Annual report on the health of the army in India
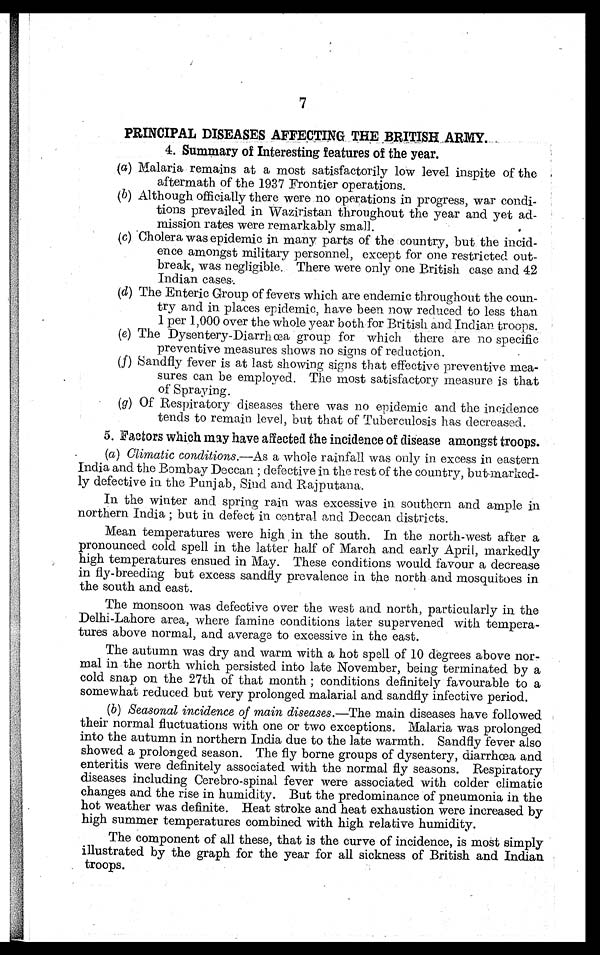
7
PRINCIPAL DISEASES AFFECTING THE ,BRITISH ARMY.
4. Summary of Interesting features of the year.
(a) Malaria remains at a most satisfactorily low level inspite of the
aftermath of the 1937 Frontier operations.
(b) Although officially there were no operations in progress, war condi-
tions prevailed in Waziristan throughout the year and yet ad-
mission rates were remarkably small.
(c) Cholera was epidemic in many parts of the country, but the incid-
ence amongst military personnel, except for one restricted out-
break, was negligible. There were only one British case and 42
Indian cases-.
(d) The Enteric Group of fevers which are endemic throughout the coun-
try and in places epidemic, have been now reduced to less than
1 per 1,000 over the whole year both for British and Indian troops.
(e) The Dysentery-Diarrhœa group for which there are no specific
preventive measures shows no signs of reduction.
(f) Sandfly fever is at last showing signs that effective preventive mea-
sures can be employed. The most satisfactory measure is that
of Spraying
(g)
Of Respiratory diseases there was no epidemic and the incidence
tends to remain level, but that of Tuberculosis has decreased.
5. Factors which may have affected the incidence of disease amongst troops.
(a) Climatic conditions.—As a whole rainfall was only in excess in eastern
India and the Bombay Deccan ; defective in the rest of the country, but-marked-
ly defective in the Punjab, Sind and Rajputana.
In the winter and spring rain was excessive in southern and ample in
northern India ; but in defect in central and Deccan districts.
Mean temperatures were high in the south. In the north-west after a
pronounced cold spell in the latter half of March and early April, markedly
high temperatures ensued in May. These conditions would favour a decrease
in fly-breeding but excess sandfly prevalence in the north and mosquitoes in
the south and east.
The monsoon was defective over the west and north, particularly in the
Delhi-Lahore area, where famine conditions later supervened with tempera-
tures above normal, and average to excessive in the east.
The autumn was dry and warm with a hot spell of 10 degrees above nor-
mal in the north which persisted into late November, being terminated by a
cold snap on the 27th of that month ; conditions definitely favourable to a
somewhat reduced but very prolonged malarial and sandfly infective period.
(b) Seasonal incidence of main diseases.—The main diseases have followed
their normal fluctuations with one or two exceptions. Malaria was prolonged
into the autumn in northern India due to the late warmth. Sandfly fever also
showed a prolonged season. The fly borne groups of dysentery, diarrhœa and
enteritis were definitely associated with the normal fly seasons. Respiratory
diseases including Cerebro-spinal fever were associated with colder climatic
changes and the rise in humidity. But the predominance of pneumonia in the
hot weather was definite. Heat stroke and heat exhaustion were increased by
high summer temperatures combined with high relative humidity.
The component of all these, that is the curve of incidence, is most simply
illustrated by the graph for the year for all sickness of British and Indian
. troops.